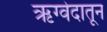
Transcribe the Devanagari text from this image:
ऋग्वेदातून